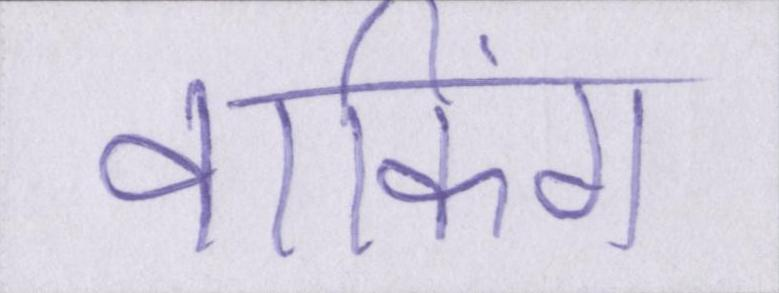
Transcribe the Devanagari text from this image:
वाकिंग